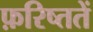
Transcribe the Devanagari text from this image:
फ़रिष्ततें